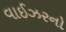
વાઈઝરનો